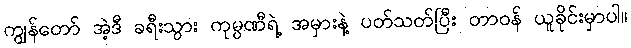
ကျွန်တော် အဲ့ဒီ ခရီးသွား ကုမ္ပဏီရဲ့ အမှားနဲ့ ပတ်သတ်ပြီး တာဝန် ယူခိုင်းမှာပါ။